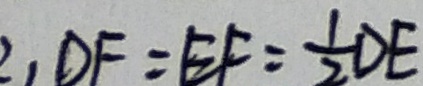
\therefore D F = E F = \frac { 1 } { 2 } D E